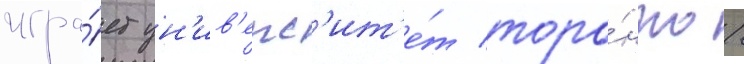
игра́ет ун'ив'ерс'ит'е́т торо́нто /